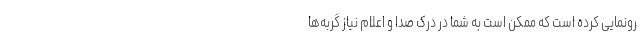
رونمایی کرده است که ممکن است به شما در درک صدا و اعلام نیاز گربه‌ها